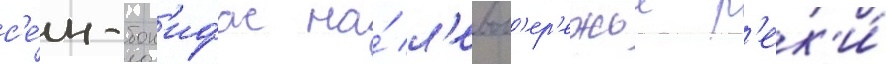
с'е́н-бон'ифас на́ л'евоб'ер'ежье р'ек'и́